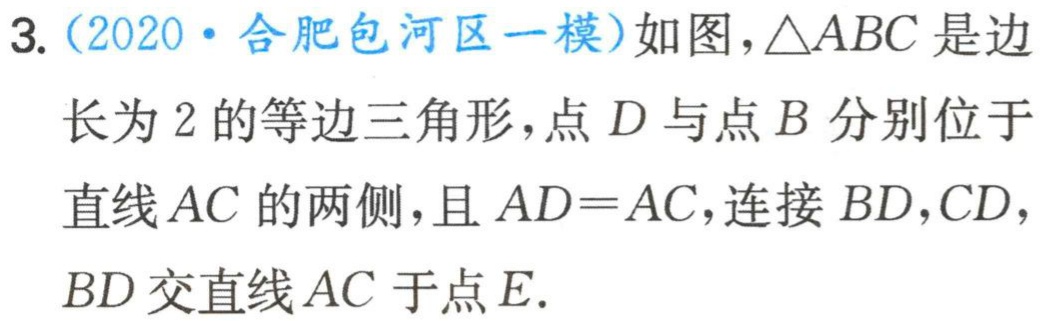
3.（2020·合肥包河区一模）如图，\(\triangle ABC\)是边长为\(2\)的等边三角形，点\(D\)与点\(B\)分别位于直线\(AC\)的两侧，且\(AD = AC\)，连接\(BD\)，\(CD\)，\(BD\)交直线\(AC\)于点\(E\).